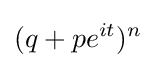
(q+pe^{it})^{n}